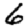
Digit: 6